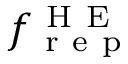
f _ { \mathrm { ~ r ~ e ~ p ~ } } ^ { \mathrm { ~ H ~ E ~ } }